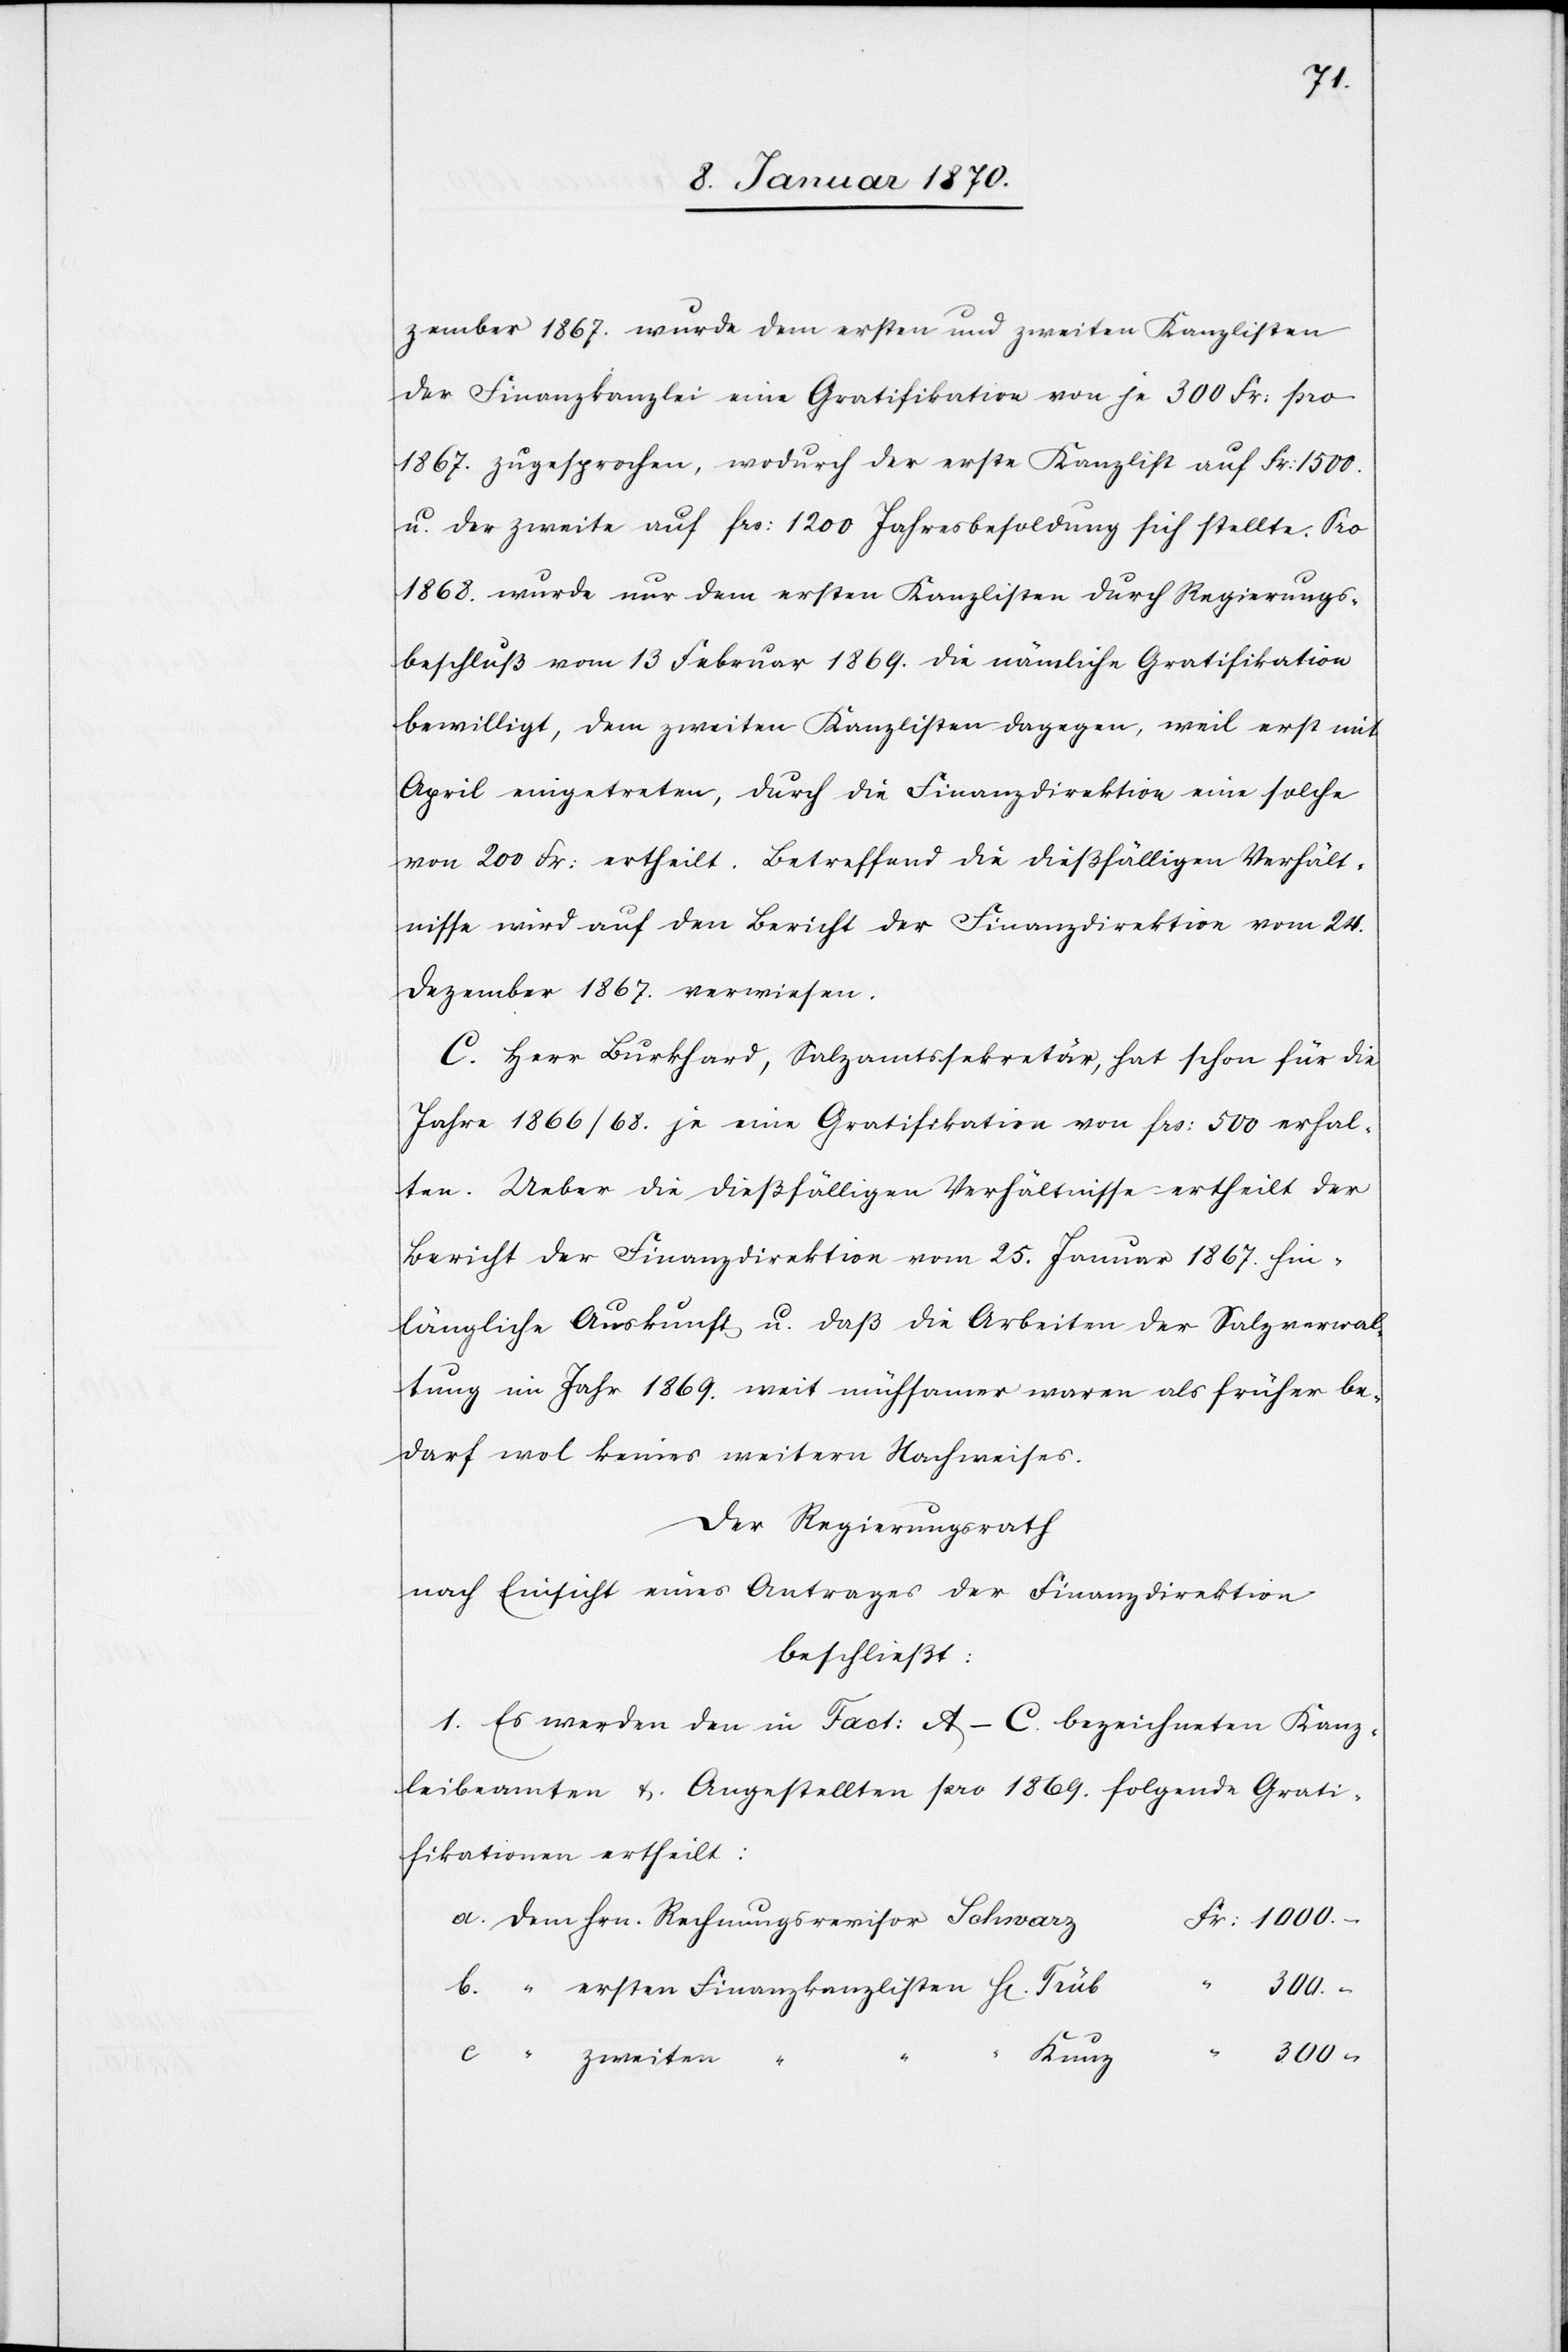
zember 1867. wurde dem ersten und zweiten Kanzlisten
der Finanzkanzlei eine Gratifikation von je 300 Fr: pro
1867. zugesprochen, wodurch der erste Kanzlist auf Fr: 1500.
u. der zweite auf frs: 1200 Jahresbesoldung sich stellte. Pro
1868. wurde nur dem ersten Kanzlisten durch Regierungs¬
beschluß vom 13. Februar 1869. die nämliche Gratifikation
bewilligt, dem zweiten Kanzlisten dagegen, weil erst mit
April eingetreten, durch die Finanzdirektion eine solche
von 200 Fr. ertheilt. Betreffend die dießfälligen Verhält¬
nisse wird auf den Bericht der Finanzdirektion vom 24.
Dezember 1867. verwiesen.
C. Herr Burkhard, Salzamtssekretär, hat schon für die
Jahre 1866/68 je eine Gratifikation von frs: 500 erhal¬
ten. Ueber die dießfälligen Verhältnisse ertheilt der
Bericht der Finanzdirektion vom 25. Januar 1867. hin¬
längliche Auskunft u. daß die Arbeiten der Salzverwal¬
tung im Jahr 1869 weit mühsamer waren als früher be¬
darf wol keines weiteren Nachweises.
Der Regierungsrath
nach Einsicht eines Antrages der Finanzdirektion
beschließt:
1. Es werden den in Fact: A–C bezeichneten Kanz¬
leibeamten u. Angestellten pro 1869. folgende Grati¬
fikationen ertheilt:
z		Fr: 1000.-
a. dem Hrn. Rechnungsrevisor Schwar¬
300.-
b. “	ersten Finanzkanzlisten H[errn]